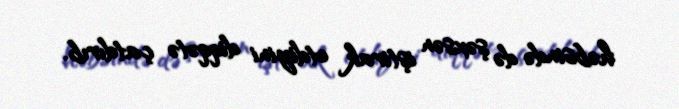
həbsində də şəxsən iştirak etdiyini diqqətə çatdırıb.